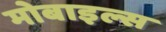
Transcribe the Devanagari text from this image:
मोबाइल्स